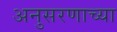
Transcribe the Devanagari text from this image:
अनुसरणाच्या